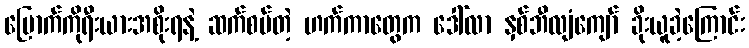
မြောက်ကိုရီးယားအစိုးရနဲ့ ဆက်စပ်တဲ့ ဟက်ကာတွေက ဒေါ်လာ နှစ်ဘီလျံကျော် ခိုးယူခဲ့ကြောင်း